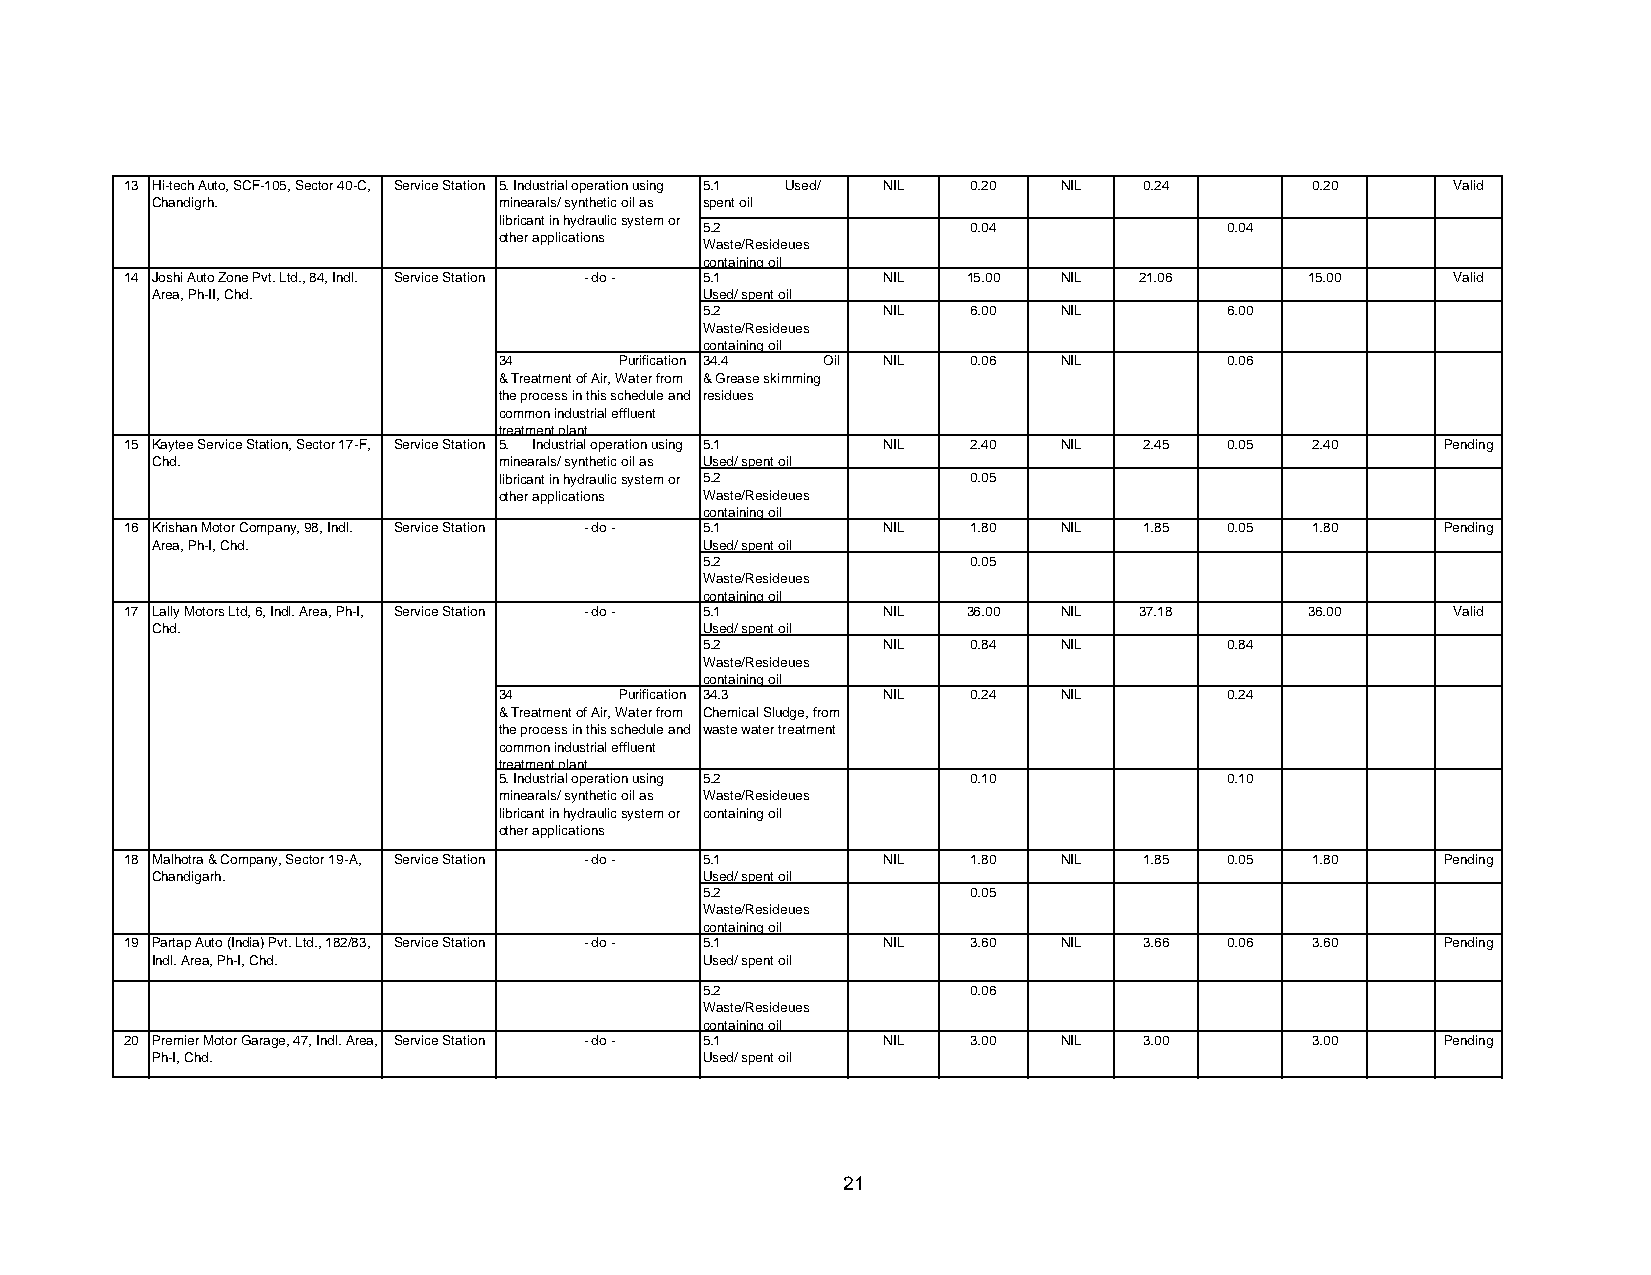
13 Hi-tech Auto, SCF-105, Sector 40-C, Service Station 5. Industrial operation using 5.1 Used/ NIL 0.20 NIL 0.24 0.20 Valid
 Chandigrh.             minearals/ synthetic oil as spent oil
 libricant in hydraulic system or
 5.2              0.04             0.04
 other applications
 Waste/Resideues
 containing oil
 14 Joshi Auto Zone Pvt. Ltd., 84, Indl. Service Station - do - 5.1 NIL 15.00 NIL 21.06 15.00 Valid
 Area, Ph-II, Chd.                    Used/ spent oil
 5.2        NIL   6.00  NIL        6.00
 Waste/Resideues
 containing oil
 34      Purification 34.4 Oil NIL 0.06 NIL      0.06
 & Treatment of Air, Water from & Grease skimming
 the process in this schedule and residues
 common industrial effluent
 treatment plant.
 15 Kaytee Service Station, Sector 17-F, Service Station 5. Industrial operation using 5.1 NIL 2.40 NIL 2.45 0.05 2.40 Pending
 Chd.                   minearals/ synthetic oil as Used/ spent oil
 libricant in hydraulic system or 5.2 0.05
 other applications Waste/Resideues
 containing oil
 16 Krishan Motor Company, 98, Indl. Service Station - do - 5.1 NIL 1.80 NIL 1.85 0.05 1.80 Pending
 Area, Ph-I, Chd.                     Used/ spent oil
 5.2              0.05
 Waste/Resideues
 containing oil
 17 Lally Motors Ltd, 6, Indl. Area, Ph-I, Service Station - do - 5.1 NIL 36.00 NIL 37.18 36.00 Valid
 Chd.                                 Used/ spent oil
 5.2        NIL   0.84  NIL        0.84
 Waste/Resideues
 containing oil
 34      Purification 34.3 NIL  0.24  NIL        0.24
 & Treatment of Air, Water from Chemical Sludge, from
 the process in this schedule and waste water treatment
 common industrial effluent
 treatment plant.
 5. Industrial operation using 5.2 0.10          0.10
 minearals/ synthetic oil as Waste/Resideues
 libricant in hydraulic system or containing oil
 other applications
 18 Malhotra & Company, Sector 19-A, Service Station - do - 5.1 NIL 1.80 NIL 1.85 0.05 1.80 Pending
 Chandigarh.                          Used/ spent oil
 5.2              0.05
 Waste/Resideues
 containing oil
 19 Partap Auto (India) Pvt. Ltd., 182/83, Service Station - do - 5.1 NIL 3.60 NIL 3.66 0.06 3.60 Pending
 Indl. Area, Ph-I, Chd.               Used/ spent oil
 5.2              0.06
 Waste/Resideues
 containing oil
 20 Premier Motor Garage, 47, Indl. Area, Service Station - do - 5.1 NIL 3.00 NIL 3.00 3.00 Pending
 Ph-I, Chd.                           Used/ spent oil
 21